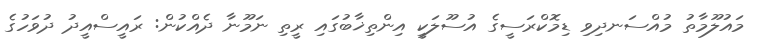
މައުލޫމާތު މުއްސަނދިވި ޑިމޮކްރަސީގެ އުސޫލަކީ އިންތިޚާބުގައި ރީތި ނަމޫނާ ދެއްކުން: ރައީސްއީދު ދުވަހުގެ